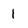
Character: 1